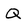
Character: Q